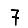
Digit: 7